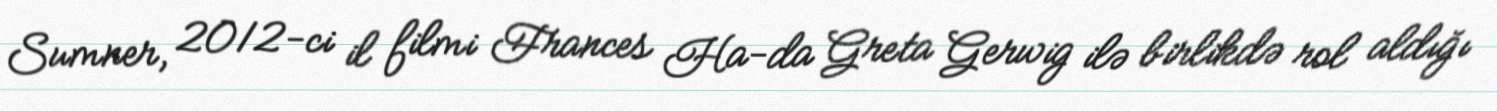
Sumner, 2012-ci il filmi Frances Ha-da Greta Gerwig ilə birlikdə rol aldığı